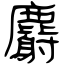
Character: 麝